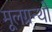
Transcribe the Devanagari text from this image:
मूलग्रन्थो